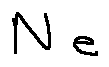
N _ { e }